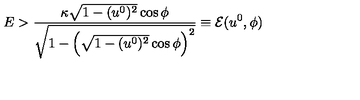
E > \frac { \kappa \sqrt { 1 - ( u ^ { 0 } ) ^ { 2 } } \cos \phi } { \sqrt { 1 - \left( \sqrt { 1 - ( u ^ { 0 } ) ^ { 2 } } \cos \phi \right) ^ { 2 } } } \equiv \mathcal { E } ( u ^ { 0 } , \phi )